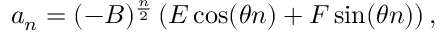
a _ { n } = ( - B ) ^ { \frac { n } { 2 } } \left( E \cos ( \theta n ) + F \sin ( \theta n ) \right) ,